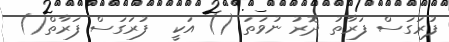
ފުރަގަސް ފަރާތު ދޮރު ނުވަތަ () އަކީ  ފުރަގަސް ފަރާތް()